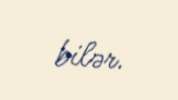
bilər.